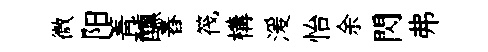
微阳箐醺舂筏構湲怡余閃弗